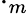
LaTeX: \cdot_{m}